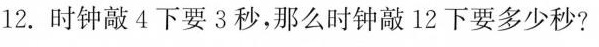
12.时钟敲4下要3秒，那么时钟敲12下要多少秒?